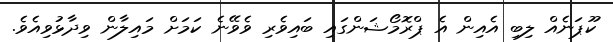
ކޫޕަނެއް ލިބި އެއިން އެ ޕްރޮމޯޝަންގައި ބައިވެރި ވެވޭނެ ކަމަށް މައިލާން ވިދާޅުވިއެވެ.